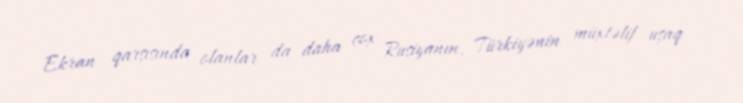
Ekran qarşısında olanlar da daha çox Rusiyanın, Türkiyənin müxtəlif uşaq